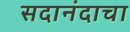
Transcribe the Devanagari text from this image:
सदानंदाचा